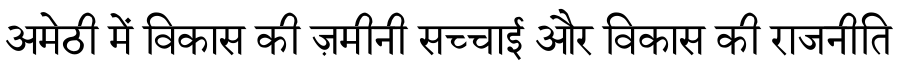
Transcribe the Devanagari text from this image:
अमेठी में विकास की ज़मीनी सच्चाई और विकास की राजनीति